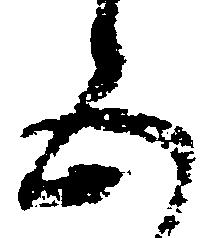
五